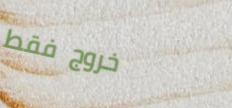
خروج فقط